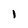
Character: 1